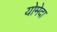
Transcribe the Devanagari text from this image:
योमेदा